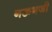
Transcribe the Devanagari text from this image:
नऊगजी